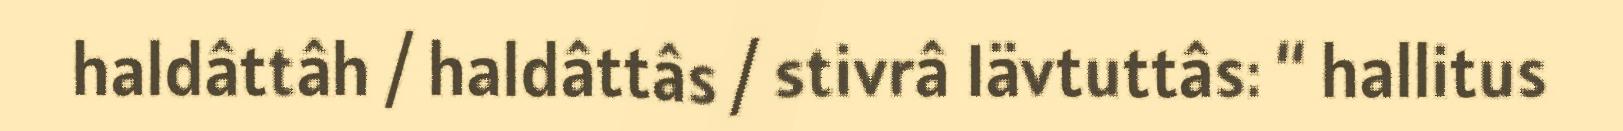
haldâttâh / haldâttâs / stivrâ Iävtuttâs: “ hallitus